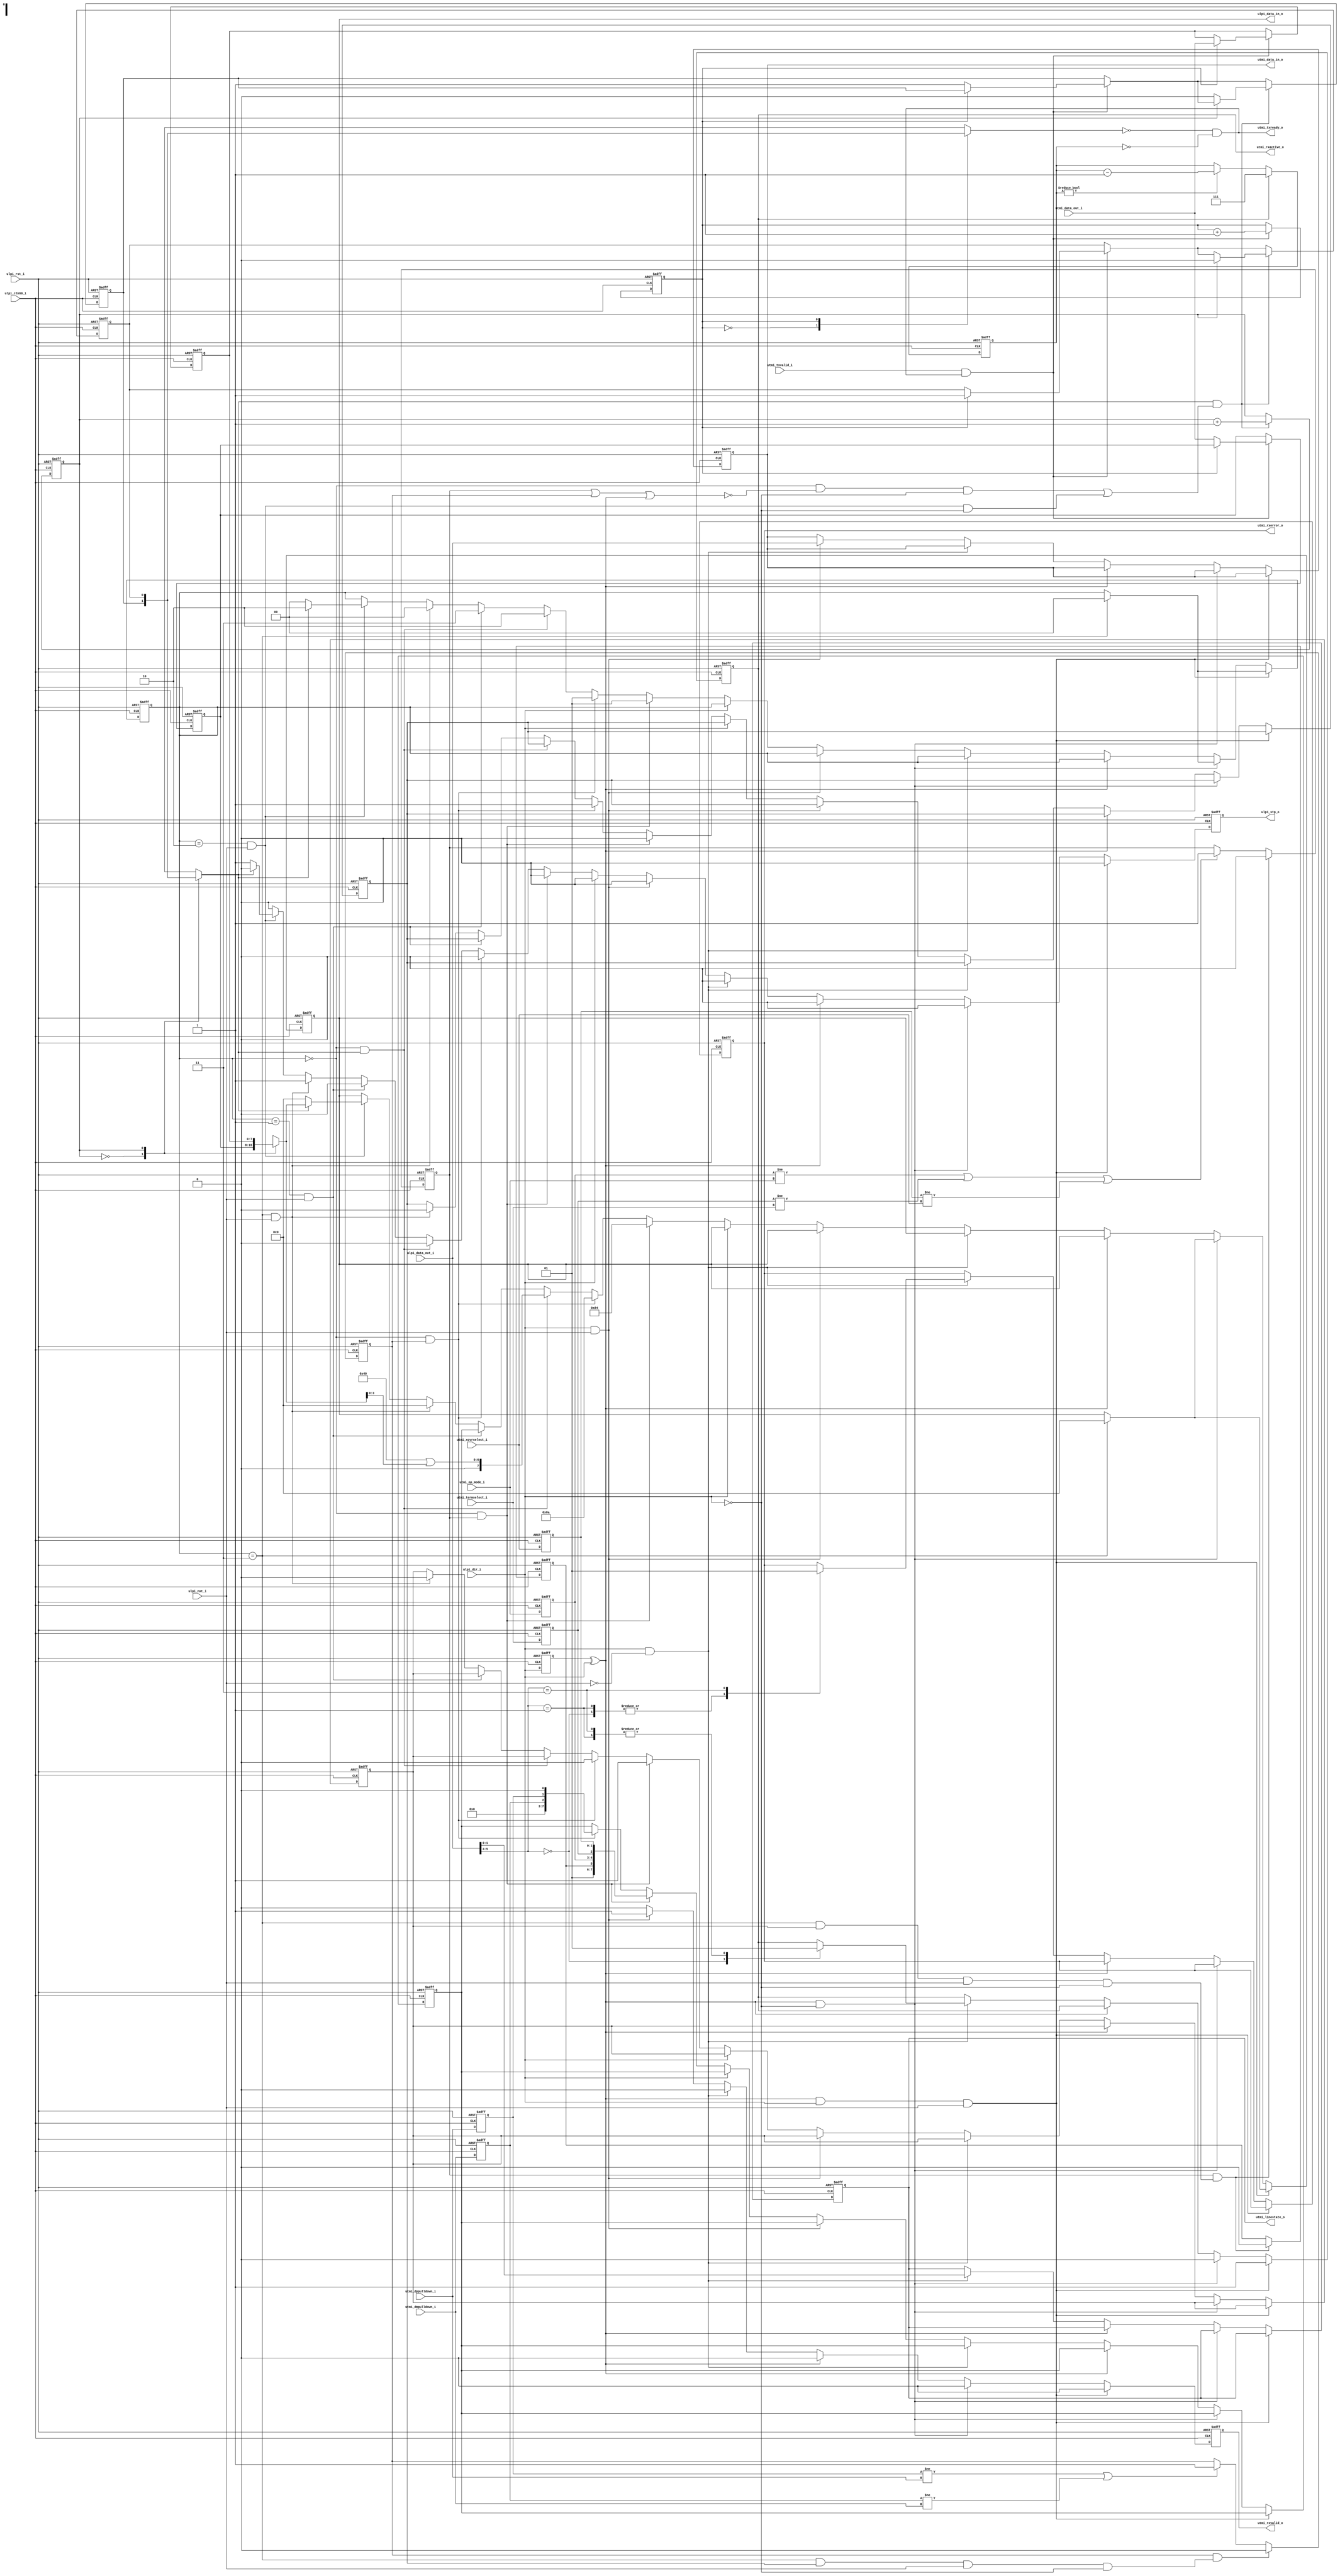
module ulpi_wrapper
(
    // Inputs
     input           ulpi_clk60_i
    ,input           ulpi_rst_i
    ,input  [  7:0]  ulpi_data_out_i
    ,input           ulpi_dir_i
    ,input           ulpi_nxt_i
    ,input  [  7:0]  utmi_data_out_i
    ,input           utmi_txvalid_i
    ,input  [  1:0]  utmi_op_mode_i
    ,input  [  1:0]  utmi_xcvrselect_i
    ,input           utmi_termselect_i
    ,input           utmi_dppulldown_i
    ,input           utmi_dmpulldown_i

    // Outputs
    ,output [  7:0]  ulpi_data_in_o
    ,output          ulpi_stp_o
    ,output [  7:0]  utmi_data_in_o
    ,output          utmi_txready_o
    ,output          utmi_rxvalid_o
    ,output          utmi_rxactive_o
    ,output          utmi_rxerror_o
    ,output [  1:0]  utmi_linestate_o
);



//-----------------------------------------------------------------
// Module: UTMI+ to ULPI Wrapper
//
// Description:
//   - Converts from UTMI interface to reduced pin count ULPI.
//   - No support for low power mode.
//   - I/O synchronous to 60MHz ULPI clock input (from PHY)
//   - Tested against SMSC/Microchip USB3300 in device mode.
//-----------------------------------------------------------------

//-----------------------------------------------------------------
// States
//-----------------------------------------------------------------
localparam STATE_W          = 2;
localparam STATE_IDLE       = 2'd0;
localparam STATE_CMD        = 2'd1;
localparam STATE_DATA       = 2'd2;
localparam STATE_REG        = 2'd3;

reg [STATE_W-1:0]   state_q;

//-----------------------------------------------------------------
// Local Params
//-----------------------------------------------------------------
localparam REG_FUNC_CTRL = 8'h84;
localparam REG_OTG_CTRL  = 8'h8a;
localparam REG_TRANSMIT  = 8'h40;
localparam REG_WRITE     = 8'h80;
localparam REG_READ      = 8'hC0;

//-----------------------------------------------------------------
// UTMI Mode Select
//-----------------------------------------------------------------
reg         mode_update_q;
reg [1:0]   xcvrselect_q;
reg         termselect_q;
reg [1:0]   opmode_q;
reg         phy_reset_q;
reg         mode_write_q;

// Detect register write completion
wire mode_complete_w = (state_q == STATE_REG &&
                        mode_write_q         && 
                        ulpi_nxt_i           && 
                        !ulpi_dir_i);           // Not interrupted by a Rx

always @ (posedge ulpi_clk60_i or posedge ulpi_rst_i)
if (ulpi_rst_i)
begin
    mode_update_q   <= 1'b0;
    xcvrselect_q    <= 2'b0;
    termselect_q    <= 1'b0;
    opmode_q        <= 2'b11;
    phy_reset_q     <= 1'b1;
end
else
begin
    xcvrselect_q    <= utmi_xcvrselect_i;
    termselect_q    <= utmi_termselect_i;
    opmode_q        <= utmi_op_mode_i;

    if (mode_update_q && mode_complete_w)
    begin
        mode_update_q <= 1'b0;
        phy_reset_q   <= 1'b0;
    end
    else if (opmode_q     != utmi_op_mode_i     ||
             termselect_q != utmi_termselect_i ||
             xcvrselect_q != utmi_xcvrselect_i)
        mode_update_q <= 1'b1;
end

//-----------------------------------------------------------------
// UTMI OTG Control
//-----------------------------------------------------------------
reg otg_update_q;
reg dppulldown_q;
reg dmpulldown_q;
reg otg_write_q;

// Detect register write completion
wire otg_complete_w  = (state_q == STATE_REG &&
                        otg_write_q         && 
                        ulpi_nxt_i           && 
                        !ulpi_dir_i);           // Not interrupted by a Rx

always @ (posedge ulpi_clk60_i or posedge ulpi_rst_i)
if (ulpi_rst_i)
begin
    otg_update_q    <= 1'b0;
    dppulldown_q    <= 1'b1;
    dmpulldown_q    <= 1'b1;
end
else
begin
    dppulldown_q    <= utmi_dppulldown_i;
    dmpulldown_q    <= utmi_dmpulldown_i;

    if (otg_update_q && otg_complete_w)
        otg_update_q <= 1'b0;
    else if (dppulldown_q != utmi_dppulldown_i ||
             dmpulldown_q != utmi_dmpulldown_i)
        otg_update_q <= 1'b1;
end

//-----------------------------------------------------------------
// Bus turnaround detect
//-----------------------------------------------------------------
reg ulpi_dir_q;

always @ (posedge ulpi_clk60_i or posedge ulpi_rst_i)
if (ulpi_rst_i)
    ulpi_dir_q <= 1'b0;
else
    ulpi_dir_q <= ulpi_dir_i;

wire turnaround_w = ulpi_dir_q ^ ulpi_dir_i;

//-----------------------------------------------------------------
// Rx - Tx delay
//-----------------------------------------------------------------
localparam TX_DELAY_W       = 3;
localparam TX_START_DELAY   = 3'd7;

reg [TX_DELAY_W-1:0] tx_delay_q;

always @ (posedge ulpi_clk60_i or posedge ulpi_rst_i)
if (ulpi_rst_i)
    tx_delay_q <= {TX_DELAY_W{1'b0}};
else if (utmi_rxactive_o)
    tx_delay_q <= TX_START_DELAY;
else if (tx_delay_q != {TX_DELAY_W{1'b0}})
    tx_delay_q <= tx_delay_q - 1;

wire tx_delay_complete_w = (tx_delay_q == {TX_DELAY_W{1'b0}});

//-----------------------------------------------------------------
// Tx Buffer - decouple UTMI Tx from PHY I/O
//-----------------------------------------------------------------
reg [7:0] tx_buffer_q[0:1];
reg       tx_valid_q[0:1];
reg       tx_wr_idx_q;
reg       tx_rd_idx_q;

wire      utmi_tx_ready_w;
wire      utmi_tx_accept_w;

always @ (posedge ulpi_clk60_i or posedge ulpi_rst_i)
if (ulpi_rst_i)
begin
    tx_buffer_q[0] <= 8'b0;
    tx_buffer_q[1] <= 8'b0;
    tx_valid_q[0]  <= 1'b0;
    tx_valid_q[1]  <= 1'b0;
    tx_wr_idx_q    <= 1'b0;
    tx_rd_idx_q    <= 1'b0;
end    
else
begin
    // Push
    if (utmi_txvalid_i && utmi_txready_o)
    begin
        tx_buffer_q[tx_wr_idx_q] <= utmi_data_out_i;
        tx_valid_q[tx_wr_idx_q]  <= 1'b1;

        tx_wr_idx_q <= tx_wr_idx_q + 1'b1;
    end

    // Pop
    if (utmi_tx_ready_w && utmi_tx_accept_w)
    begin
        tx_valid_q[tx_rd_idx_q]  <= 1'b0;
        tx_rd_idx_q <= tx_rd_idx_q + 1'b1;
    end
end

// Tx buffer space (only accept after Rx->Tx turnaround delay)
assign utmi_txready_o  = ~tx_valid_q[tx_wr_idx_q] & tx_delay_complete_w;

assign utmi_tx_ready_w = tx_valid_q[tx_rd_idx_q];

wire [7:0] utmi_tx_data_w = tx_buffer_q[tx_rd_idx_q];

//-----------------------------------------------------------------
// Implementation
//-----------------------------------------------------------------

// Xilinx placement pragmas:
//synthesis attribute IOB of ulpi_data_q is "TRUE"
//synthesis attribute IOB of ulpi_stp_q is "TRUE"

reg [7:0]           ulpi_data_q;
reg                 ulpi_stp_q;
reg [7:0]           data_q;

reg                 utmi_rxvalid_q;
reg                 utmi_rxerror_q;
reg                 utmi_rxactive_q;
reg [1:0]           utmi_linestate_q;
reg [7:0]           utmi_data_q;


always @ (posedge ulpi_clk60_i or posedge ulpi_rst_i)
if (ulpi_rst_i)
begin
    state_q             <= STATE_IDLE;
    ulpi_data_q         <= 8'b0;
    data_q              <= 8'b0;
    ulpi_stp_q          <= 1'b1;

    utmi_rxvalid_q      <= 1'b0;
    utmi_rxerror_q      <= 1'b0;
    utmi_rxactive_q     <= 1'b0;
    utmi_linestate_q    <= 2'b0;
    utmi_data_q         <= 8'b0;

    mode_write_q        <= 1'b0;
    otg_write_q         <= 1'b0;
end
else
begin
    ulpi_stp_q          <= 1'b0;
    utmi_rxvalid_q      <= 1'b0;

    // Turnaround: Input + NXT - set RX_ACTIVE
    if (turnaround_w && ulpi_dir_i && ulpi_nxt_i)
    begin
        utmi_rxactive_q <= 1'b1;

        // Register write - abort
        if (state_q == STATE_REG)
        begin
            state_q       <= STATE_IDLE;
            ulpi_data_q   <= 8'b0;  // IDLE
        end
    end
    // Turnaround: Input -> Output - reset RX_ACTIVE
    else if (turnaround_w && !ulpi_dir_i)
    begin
        utmi_rxactive_q <= 1'b0;

        // Register write - abort
        if (state_q == STATE_REG)
        begin
            state_q       <= STATE_IDLE;
            ulpi_data_q   <= 8'b0;  // IDLE
        end
    end
    // Non-turnaround cycle
    else if (!turnaround_w)
    begin
        //-----------------------------------------------------------------
        // Input: RX_CMD (status)
        //
        // ULPI_v1_1.pdf - Page 16 - 3.8.1.2 - Receive Command Byte (RX_CMD)
        // ULPI_v1_1.pdf - Page 17 - 3.8.1.3 - Figure 9
        //
        // ulpi_dir_i is high, this means the bus is owned by the PHY
        // The turnaround has passed, the next following signal on the bus is the RX CMD.
        //
        // ulpi_nxt_i is low
        //
        // the data line in the diagram is labeled using data[7:0]. This means that
        // the RX_CMD is actually a byte. The meaning of the bits within this byte 
        // are defined within table 7 on page 16.
        //
        // RX_CMD[0] - LineState
        // RX_CMD[1] - LineState
        // RX_CMD[2] - Vbus state
        // RX_CMD[3] - Vbus state
        // RX_CMD[4] - RX Event - RXActive (implemented in the reg utmi_rxactive_q)
        // RX_CMD[5] - RX Event - RXError (implemented in the regutmi_rxerror_q)
        // RX_CMD[6] - ID
        // RX_CMD[7] - alt init
        //-----------------------------------------------------------------
        if (ulpi_dir_i && !ulpi_nxt_i)
        begin
            // Phy status
            utmi_linestate_q <= ulpi_data_out_i[1:0];

            case (ulpi_data_out_i[5:4])
            2'b00:
            begin
                utmi_rxactive_q <= 1'b0;
                utmi_rxerror_q  <= 1'b0;
            end
            2'b01: 
            begin
                utmi_rxactive_q <= 1'b1;
                utmi_rxerror_q  <= 1'b0;
            end
            2'b11:
            begin
                utmi_rxactive_q <= 1'b1;
                utmi_rxerror_q  <= 1'b1;
            end
            default:
                ; // HOST_DISCONNECTED
            endcase
        end
        //-----------------------------------------------------------------
        // Input: RX_DATA
        //-----------------------------------------------------------------
        else if (ulpi_dir_i && ulpi_nxt_i)
        begin
            utmi_rxvalid_q  <= 1'b1;
            utmi_data_q     <= ulpi_data_out_i;
        end
        //-----------------------------------------------------------------
        // Output
        //-----------------------------------------------------------------
        else if (!ulpi_dir_i)
        begin        
            // IDLE: Pending mode update
            if ((state_q == STATE_IDLE) && mode_update_q)
            begin
                data_q        <= {1'b0, 1'b1, phy_reset_q, opmode_q, termselect_q, xcvrselect_q};
                ulpi_data_q   <= REG_FUNC_CTRL;

                otg_write_q   <= 1'b0;
                mode_write_q  <= 1'b1;

                state_q       <= STATE_CMD;
            end
            // IDLE: Pending OTG control update
            else if ((state_q == STATE_IDLE) && otg_update_q)
            begin
                data_q        <= {5'b0, dmpulldown_q, dppulldown_q, 1'b0};
                ulpi_data_q   <= REG_OTG_CTRL;

                otg_write_q   <= 1'b1;
                mode_write_q  <= 1'b0;

                state_q       <= STATE_CMD;
            end
            // IDLE: Pending transmit
            else if ((state_q == STATE_IDLE) && utmi_tx_ready_w)
            begin
                ulpi_data_q <= REG_TRANSMIT | {4'b0, utmi_tx_data_w[3:0]};
                state_q     <= STATE_DATA;
            end
            // Command
            else if ((state_q == STATE_CMD) && ulpi_nxt_i)
            begin
                // Write Register
                state_q     <= STATE_REG;
                ulpi_data_q <= data_q;
            end
            // Data (register write)
            else if (state_q == STATE_REG && ulpi_nxt_i)
            begin
                state_q       <= STATE_IDLE;
                ulpi_data_q   <= 8'b0;  // IDLE
                ulpi_stp_q    <= 1'b1;

                otg_write_q   <= 1'b0;
                mode_write_q  <= 1'b0;
            end
            // Data
            else if (state_q == STATE_DATA && ulpi_nxt_i)
            begin
                // End of packet
                if (!utmi_tx_ready_w)
                begin
                    state_q       <= STATE_IDLE;
                    ulpi_data_q   <= 8'b0;  // IDLE
                    ulpi_stp_q    <= 1'b1;
                end
                else
                begin
                    state_q        <= STATE_DATA;
                    ulpi_data_q    <= utmi_tx_data_w;
                end
            end
        end
    end
end

// Accept from buffer
assign utmi_tx_accept_w = ((state_q == STATE_IDLE) && !(mode_update_q || otg_update_q || turnaround_w) && !ulpi_dir_i) ||
                          (state_q == STATE_DATA && ulpi_nxt_i && !ulpi_dir_i);

//-----------------------------------------------------------------
// Assignments
//-----------------------------------------------------------------
// ULPI Interface
assign ulpi_data_in_o       = ulpi_data_q;
assign ulpi_stp_o           = ulpi_stp_q;

// UTMI Interface
assign utmi_linestate_o     = utmi_linestate_q;
assign utmi_data_in_o       = utmi_data_q;
assign utmi_rxerror_o       = utmi_rxerror_q;
assign utmi_rxactive_o      = utmi_rxactive_q;
assign utmi_rxvalid_o       = utmi_rxvalid_q;



endmodule